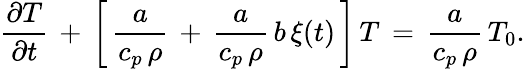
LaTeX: \frac{\partial T}{\partial t}\, +\, \left[\, \frac{a}{c_{p}\, \rho}\, +\, \frac{a}{c_{p}\, \rho}\, b\, \xi(t)\, \right]\, T\, =\, \frac{a}{c_{p}\, \rho}\, T_{0}.